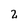
Character: 2